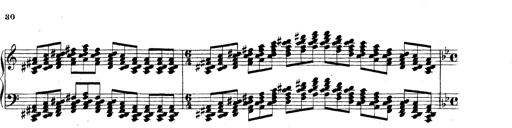
Title: Technische Studien
Composer: Franz Liszt